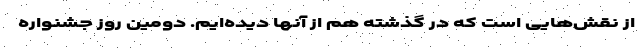
از نقش‌هایی است که در گذشته هم از آنها دیده‌ایم. دومین روز جشنواره